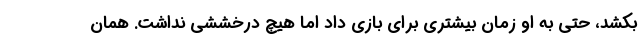
بکشد، حتی به او زمان بیشتری برای بازی داد اما هیچ درخششی نداشت. همان